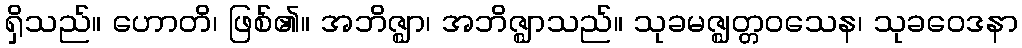
ရှိသည်။ ဟောတိ၊ ဖြစ်၏။ အဘိဇ္ဈာ၊ အဘိဇ္ဈာသည်။ သုခမဇ္ဈတ္တဝသေန၊ သုခဝေဒနာ